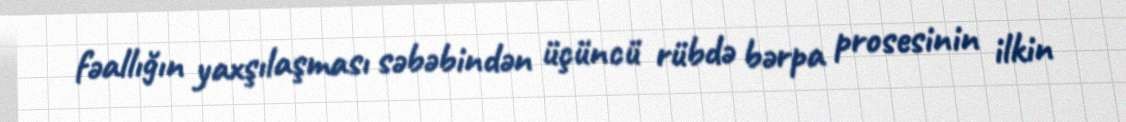
fəallığın yaxşılaşması səbəbindən üçüncü rübdə bərpa prosesinin ilkin